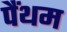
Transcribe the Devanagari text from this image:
पैंथम